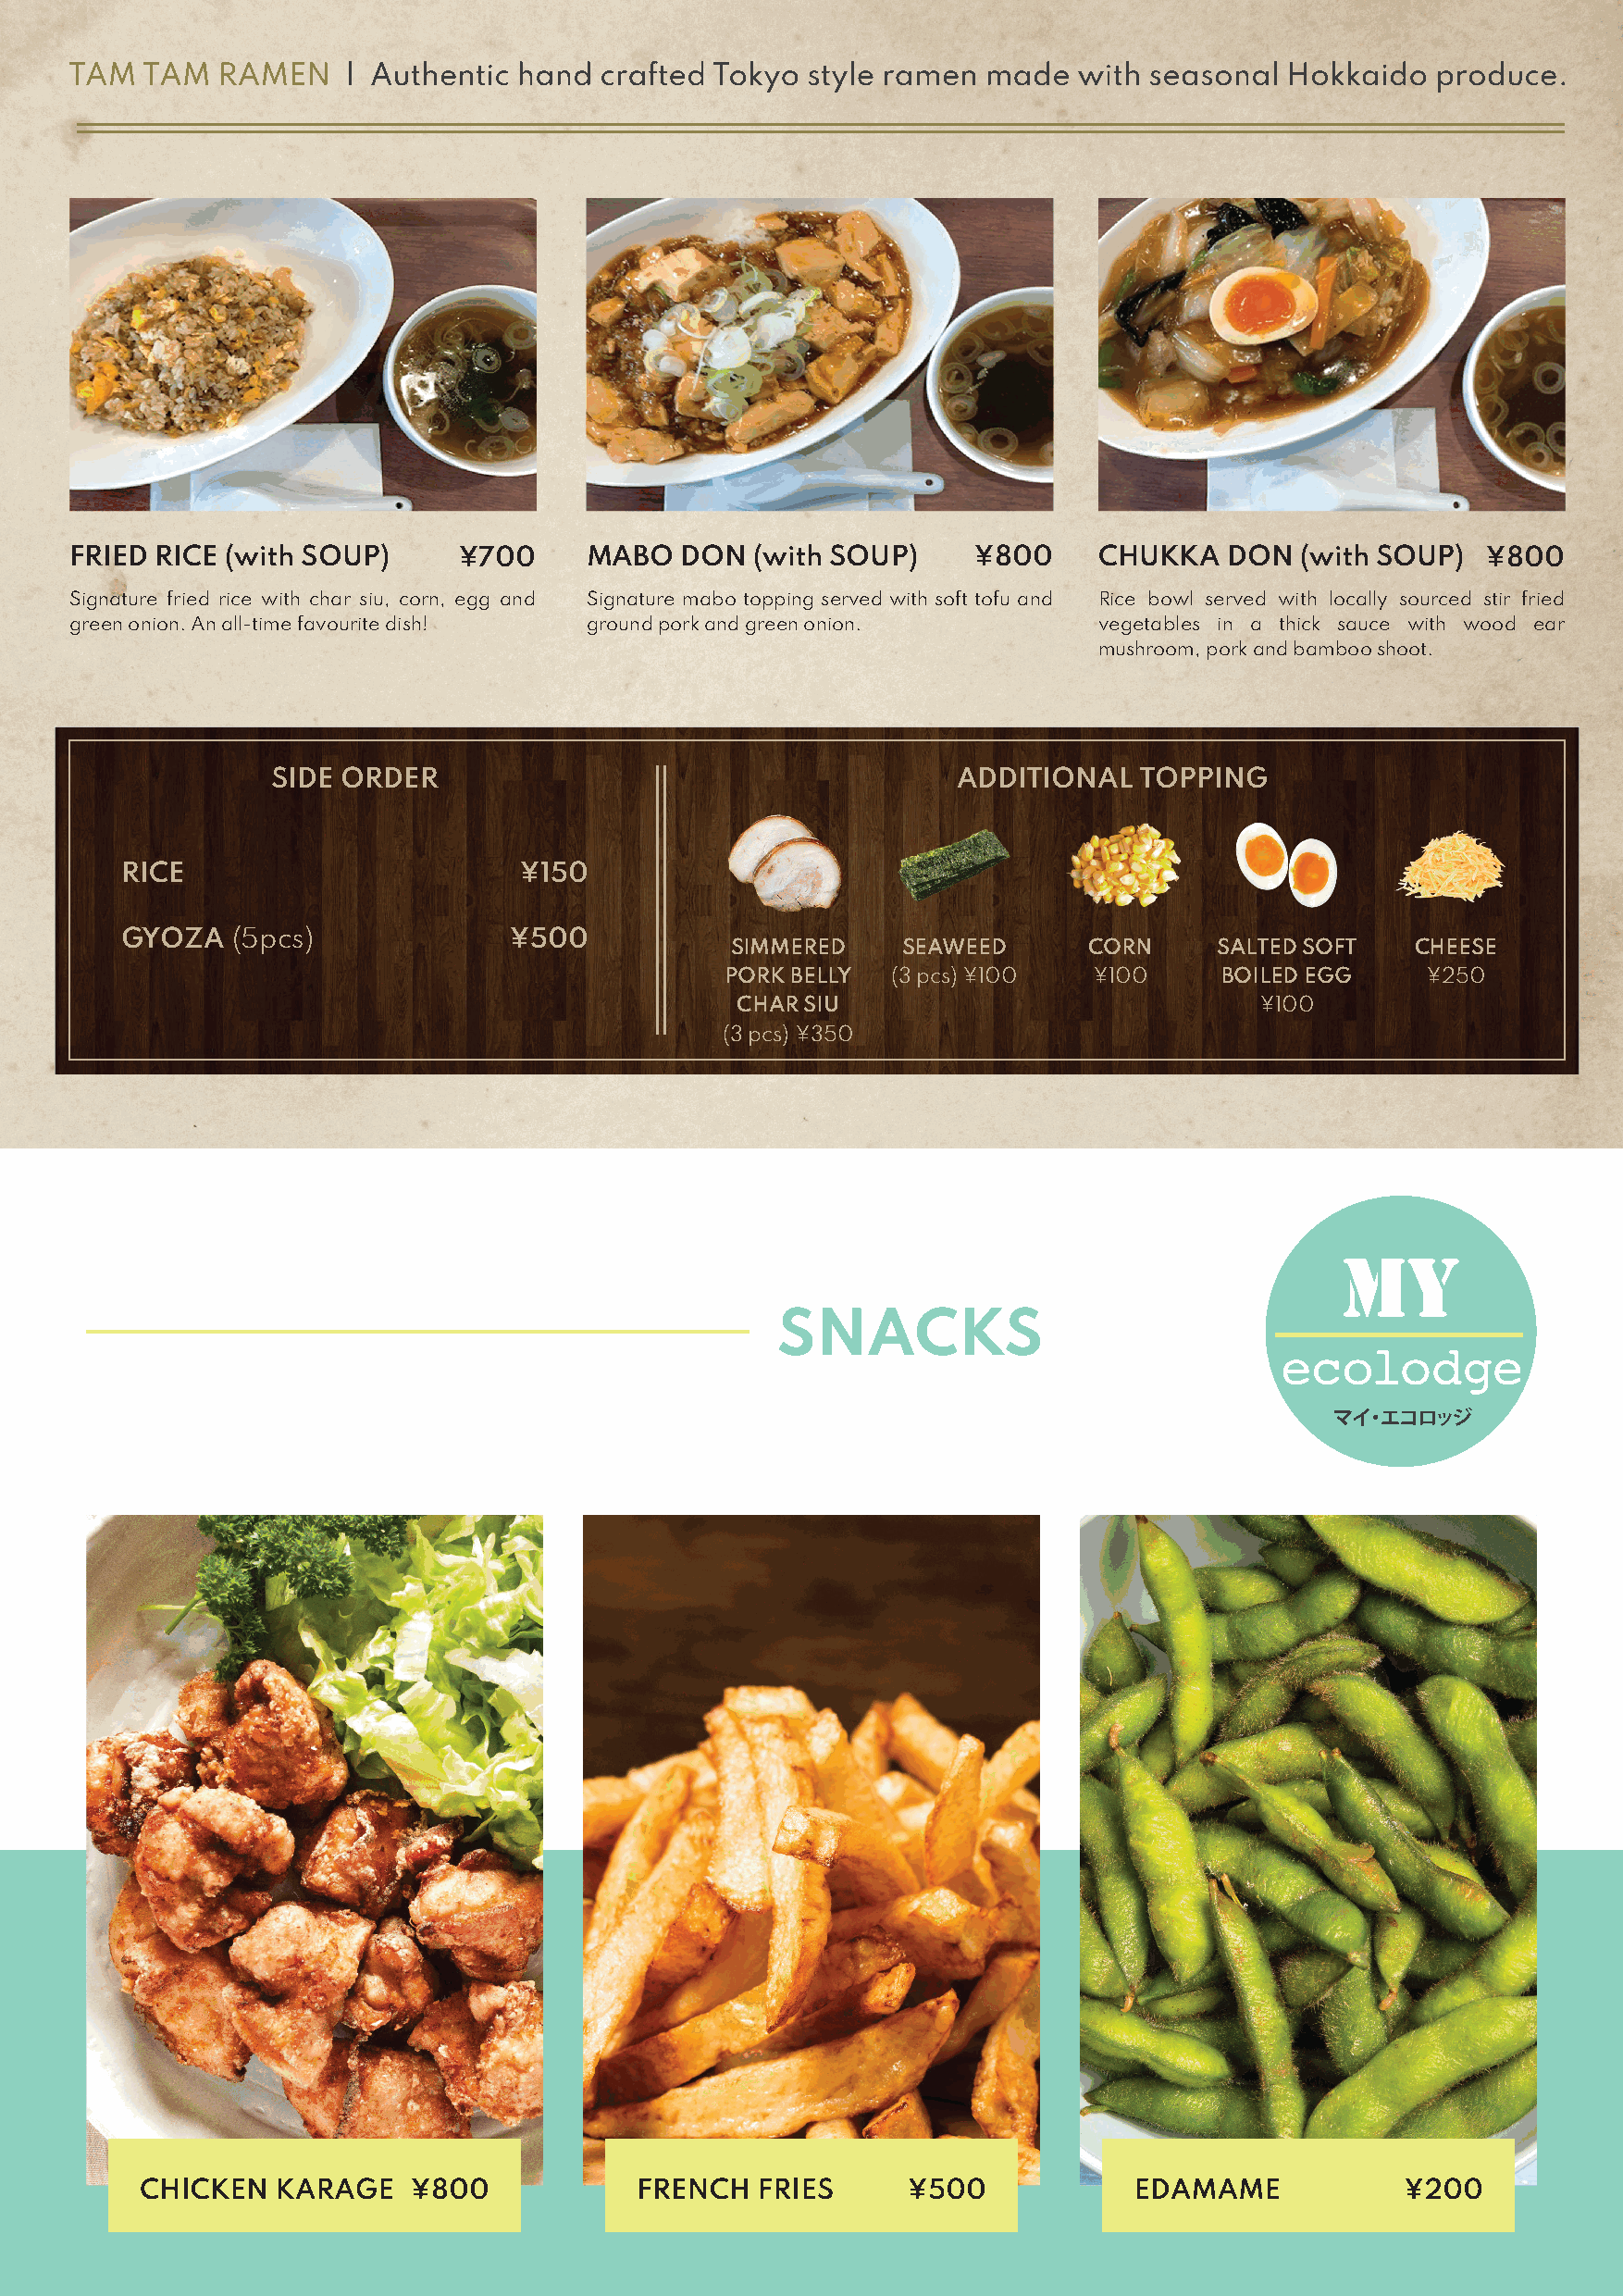
FRIED RICE (with SOUP)      ¥700     MABO   DON  (with SOUP)     ¥800     CHUKKA   DON  (with SOUP)  ¥800
 Signature fried rice with char siu, corn, egg and Signature mabo topping served with soft tofu and Rice bowl served with locally sourced stir fried
 green onion. An all-time favourite dish! ground pork and green onion.     vegetables in a thick sauce with wood ear
 mushroom, pork and bamboo shoot.
 SIDE ORDER                                       ADDITIONAL    TOPPING
 RICE                        ¥150
 GYOZA   (5pcs)             ¥500
 SIMMERED     SEAWEED      CORN     SALTED SOFT   CHEESE
 PORK BELLY  (3 pcs) ¥100  ¥100     BOILED EGG     ¥250
 CHAR SIU                             ¥100
 (3 pcs) ¥350